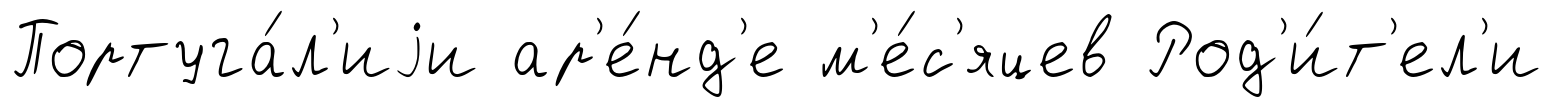
Португа́л'иjи ар'е́нд'е м'е́с'яцев Род'и́т'ел'и